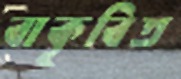
বাকৃবিত